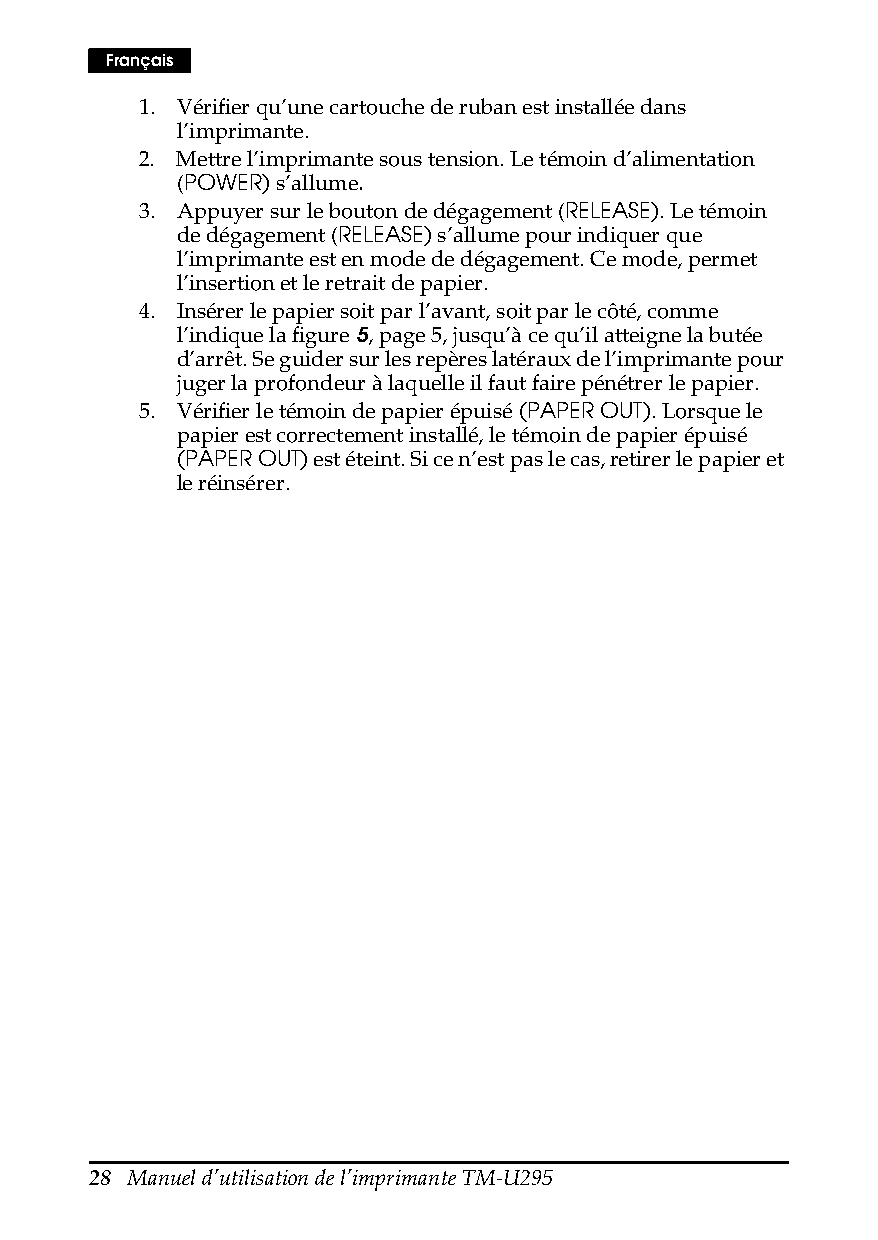
Français
 1. Vérifier qu’une cartouche de ruban est installée dans
 l’imprimante.
 2. Mettre l’imprimante sous tension. Le témoin d’alimentation
 (POWER) s’allume.
 3. Appuyer sur le bouton de dégagement (RELEASE). Le témoin
 de dégagement (RELEASE) s’allume pour indiquer que
 l’imprimante est en mode de dégagement. Ce mode, permet
 l’insertion et le retrait de papier.
 4. Insérer le papier soit par l’avant, soit par le côté, comme
 l’indique la figure 5, page5, jusqu’à ce qu’il atteigne la butée
 d’arrêt. Se guider sur les repères latéraux de l’imprimante pour
 juger la profondeur à laquelle il faut faire pénétrer le papier.
 5. Vérifier le témoin de papier épuisé (PAPER OUT). Lorsque le
 papier est correctement installé, le témoin de papier épuisé
 (PAPER OUT) est éteint. Si ce n’est pas le cas, retirer le papier et
 le réinsérer.
 28 Manuel d’utilisation de l’imprimante TM-U295